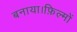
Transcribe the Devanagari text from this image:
बनाया।फ़िल्मों